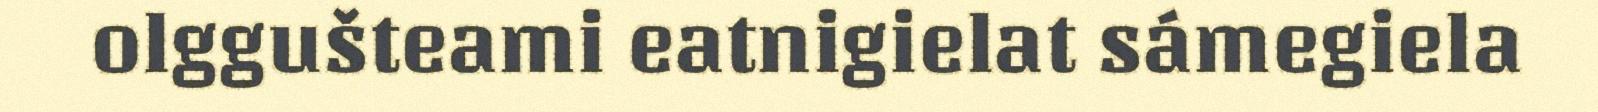
olggušteami eatnigielat sámegiela